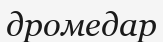
дромедар